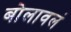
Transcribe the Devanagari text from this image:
बोलावलं